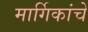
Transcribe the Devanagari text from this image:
मार्गिकांचे